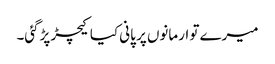
میرے تو ارمانوں پر پانی کیا کیچڑ پڑگئی۔